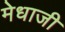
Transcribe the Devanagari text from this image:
मेधाजी